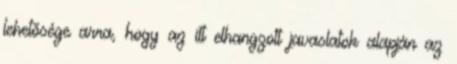
lehetősége arra, hogy az itt elhangzott javaslatok alapján az